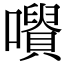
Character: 𡃪